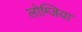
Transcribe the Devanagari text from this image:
लोग्जिया